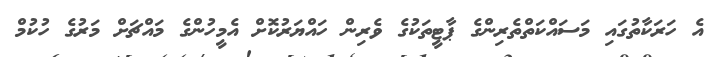
އެ ހަރަކާތުގައި މަސައްކަތްތެރިންގެ ޕާޓީތަކުގެ ވެރިން ހައްޔަރުކޮށް އެމީހުންގެ މައްޗަށް މަރުގެ ހުކުމް